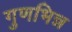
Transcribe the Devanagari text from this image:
गुणभिन्न